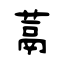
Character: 蒚